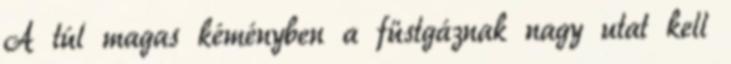
A túl magas kéményben a füstgáznak nagy utat kell